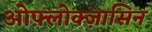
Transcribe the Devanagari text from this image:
ओफ़्लोक्ज़ासिन